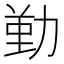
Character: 𠢄